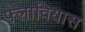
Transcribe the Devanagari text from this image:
फ्लावियास